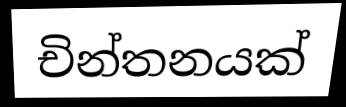
චින්තනයක්